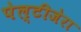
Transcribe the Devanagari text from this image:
पेल्टीजेरा